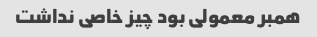
همبر معمولی بود چیز خاصی نداشت